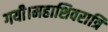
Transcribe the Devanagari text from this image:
गयी।महाशिवरात्रि